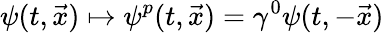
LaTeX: \psi(t,{\vec{x}})\mapsto\psi^{p}(t,{\vec{x}})=\gamma^{0}\psi(t,-{\vec{x}})